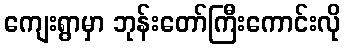
ကျေးရွာမှာ ဘုန်းတော်ကြီးကောင်းလို